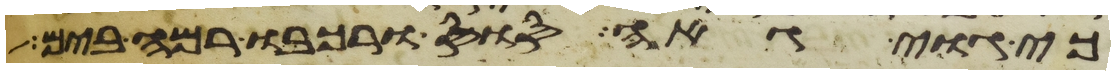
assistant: כי גוי גאה סוס ורכבו רמה בים